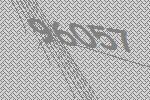
96057